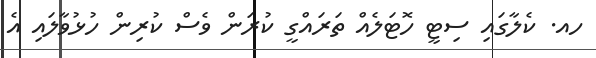
ހއ. ކެލާގައި ސިޓީ ހޮޓަލެއް ތަރައްގީ ކުރަން ވެސް ކުރިން ހުޅުވާލައި އެ